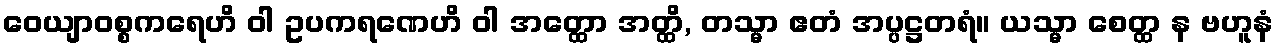
ဝေယျာဝစ္စကရေဟိ ဝါ ဥပကရဏေဟိ ဝါ အတ္ထော အတ္ထိ, တသ္မာ ဧတံ အပ္ပဋ္ဌတရံ။ ယသ္မာ စေတ္ထ န ဗဟူနံ